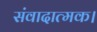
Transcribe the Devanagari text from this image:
संवादात्मक।